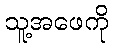
သူ့အဖေကို